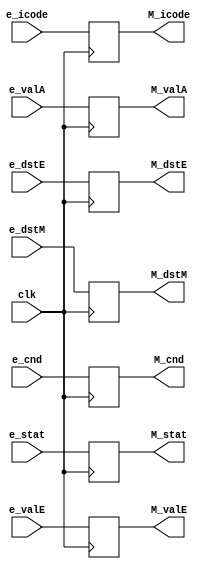
module rmem(clk, e_stat, e_icode, e_cnd, e_valE, e_valA, e_dstE, e_dstM, M_stat, M_icode, M_cnd, M_valE, M_valA, M_dstE, M_dstM);

    input clk;
    input [3:0] e_stat;
    input [3:0] e_icode;
    input e_cnd;
    input [63:0] e_valE, e_valA;
    input [3:0] e_dstE, e_dstM;
    output reg [3:0] M_stat;
    output reg [3:0] M_icode; 
    output reg M_cnd; 
    output reg [63:0] M_valE, M_valA;
    output reg [3:0] M_dstE, M_dstM;

    always @(posedge clk) begin
        M_stat <= e_stat;
        M_icode <= e_icode;
        M_cnd <= e_cnd;
        M_valA <= e_valA;
        M_valE <= e_valE;
        M_dstE <= e_dstE;
        M_dstM <= e_dstM;
    end

endmodule